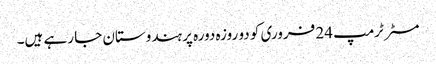
مسٹر ٹرمپ 24 فروری کو دو روزہ دورہ پر ہندوستان جا رہے ہیں۔